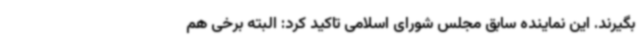
بگیرند. این نماینده سابق مجلس شورای اسلامی تاکید کرد: البته برخی هم